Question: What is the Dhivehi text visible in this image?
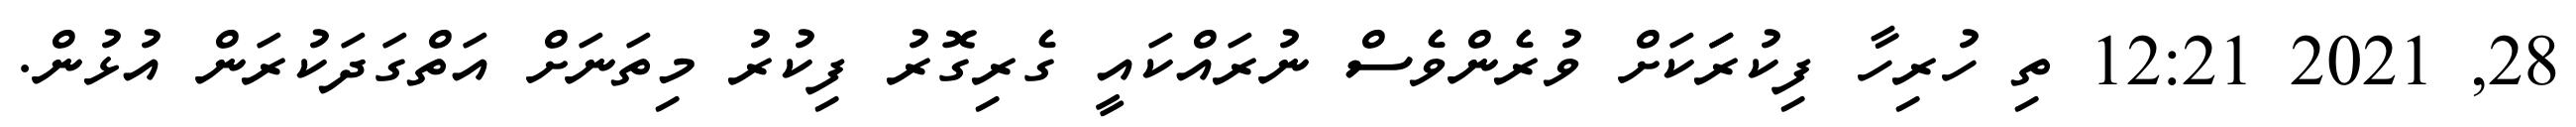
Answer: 28, 2021 12:21 ތި ހުރިހާ ފިކުރަަކަށް ވުރެންވެސް ނުރައްކައީ ގެރިގޮރު ފިކުރު މިތަނަށް އަތްގަދަކުރަން އުޅުން.